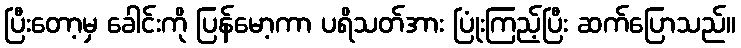
ပြီးတော့မှ ခေါင်းကို ပြန်မော့ကာ ပရိသတ်အား ပြုံးကြည့်ပြီး ဆက်ပြောသည်။